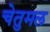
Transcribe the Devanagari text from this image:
चेतुमल